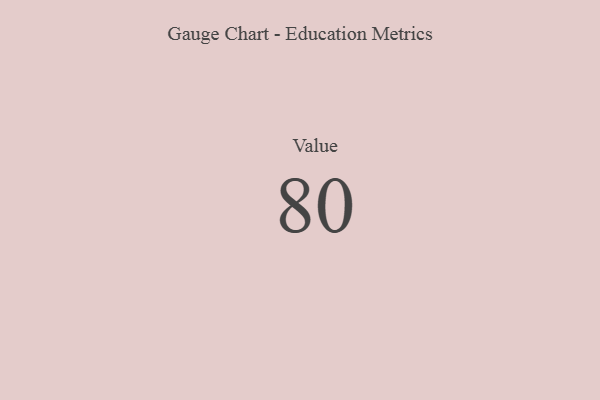
{"axis": {"x": "Metric", "y": "Value"}, "legend": [""], "data": [{"x": "Value", "y": 80, "type": ""}]}